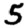
Digit: 5